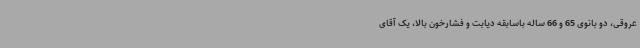
عروقی، دو بانوی 65 و 66 ساله باسابقه دیابت و فشارخون بالا، یک آقای